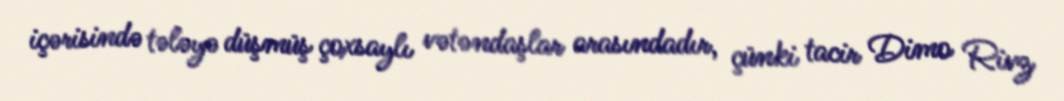
içərisində tələyə düşmüş çoxsaylı vətəndaşlar arasındadır, çünki tacir Dimo Rivz